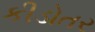
કીડોતર